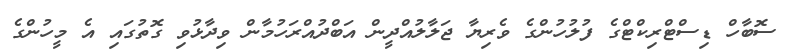
ސޮބާހް ޑިސްޓްރިކްޓްގެ ފުލުހުންގެ ވެރިޔާ ޖަލާލުއްދީން އަބްދުއްރަހުމާން ވިދާޅުވި ގޮތުގައި އެ މީހުންގެ